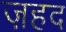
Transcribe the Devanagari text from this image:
ज़हद